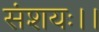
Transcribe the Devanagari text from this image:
संशयः।।